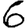
Digit: 6